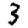
Digit: 3